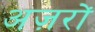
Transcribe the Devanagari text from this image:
अज़रों